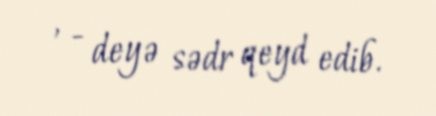
, - deyə sədr qeyd edib.